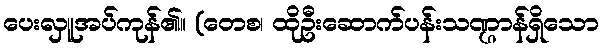
ပေးလှူအပ်ကုန်၏။ (တေစ၊ ထိုဦးဆောက်ပန်းသဏ္ဌာန်ရှိသော